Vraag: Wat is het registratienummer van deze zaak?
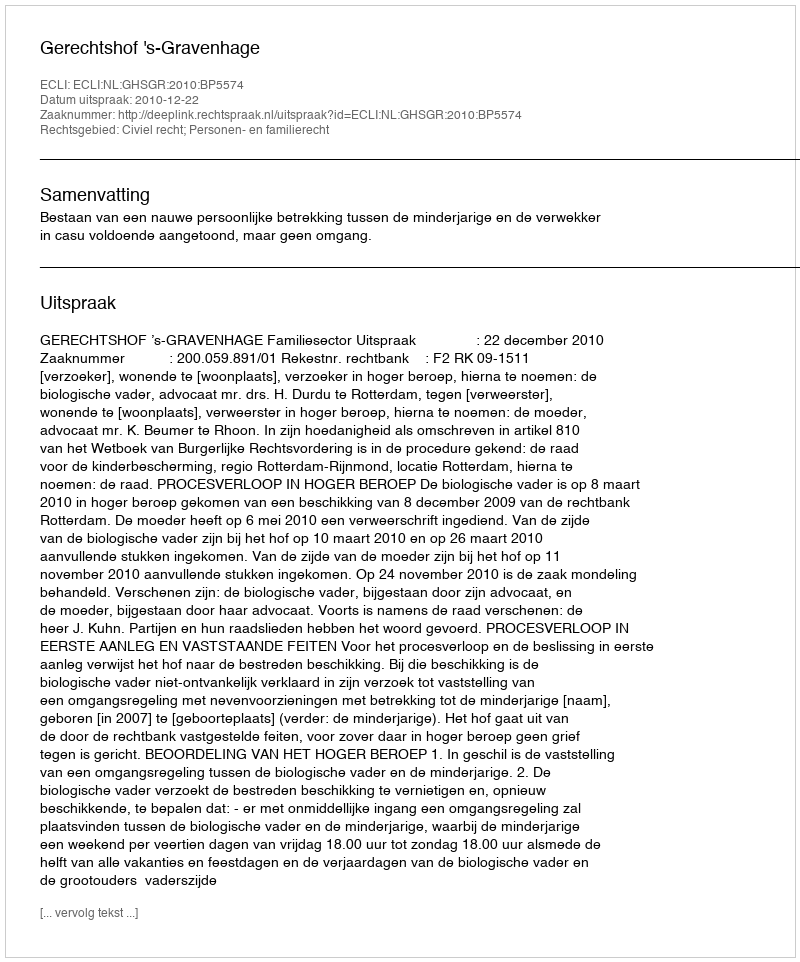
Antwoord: http://deeplink.rechtspraak.nl/uitspraak?id=ECLI:NL:GHSGR:2010:BP5574